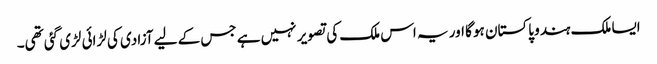
ایسا ملک ہندو پاکستان ہو گا اور یہ اس ملک کی تصویر نہیں ہے جس کے لیے آزادی کی لڑائی لڑی گئی تھی۔